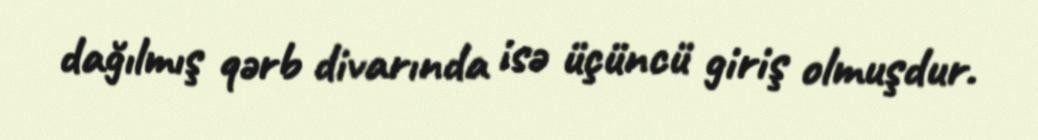
dağılmış qərb divarında isə üçüncü giriş olmuşdur.